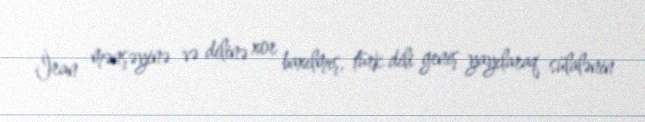
İran mənşəyinə və dilinə xor baxılmış, türk dili geniş yayılaraq sülalənin